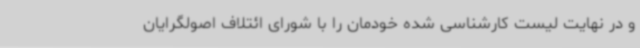
و در نهایت لیست کارشناسی شده خودمان را با شورای ائتلاف اصولگرایان